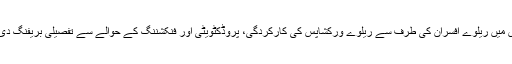
اجلاس میں ریلوے افسران کی طرف سے ریلوے ورکشاپس کی کارکردگی، پروڈکٹویٹی اور فنکشننگ کے حوالے سے تفصیلی بریفنگ دی گئی۔